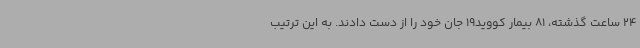
24 ساعت گذشته، 81 بیمار کووید19 جان خود را از دست دادند. به این ترتیب